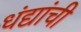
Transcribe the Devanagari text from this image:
धंद्यांची